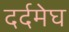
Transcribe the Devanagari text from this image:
दर्दमेघ